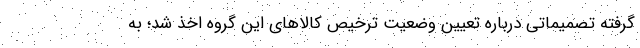
گرفته تصمیماتی درباره تعیین وضعیت ترخیص کالاهای این گروه اخذ شد؛ به